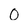
Character: 0